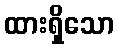
ထားရှိသော